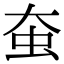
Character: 𧈹